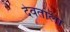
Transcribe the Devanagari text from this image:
देवताला